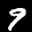
Label: 9